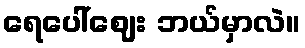
ရေပေါ်ဈေး ဘယ်မှာလဲ။